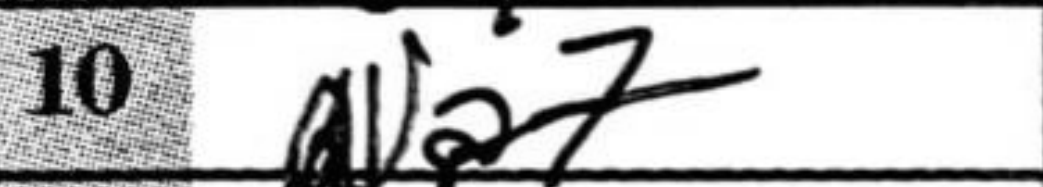
Transcription: Na7